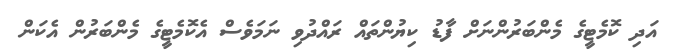
އަދި ކޮމެޓީގެ މެންބަރުންނަށް ފާޑު ކިޔުންތައް ރައްދުވި ނަމަވެސް އެކޮމެޓީގެ މެންބަރުން އެކަން